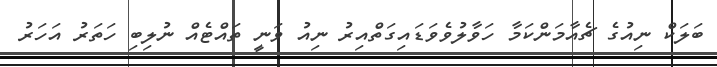
ބަލަކް ނިއުގެ ޗެއާމަންކަމާ ހަވާލުވެވަޑައިގަތްއިރު ނިއު ވަނީ ތައްޓެއް ނުލިބި ހަތަރު އަހަރު